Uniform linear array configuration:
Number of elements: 8
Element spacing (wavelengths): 0.25
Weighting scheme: hamming
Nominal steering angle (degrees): -60
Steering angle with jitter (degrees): -58.832
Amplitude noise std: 0.05
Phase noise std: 0.05

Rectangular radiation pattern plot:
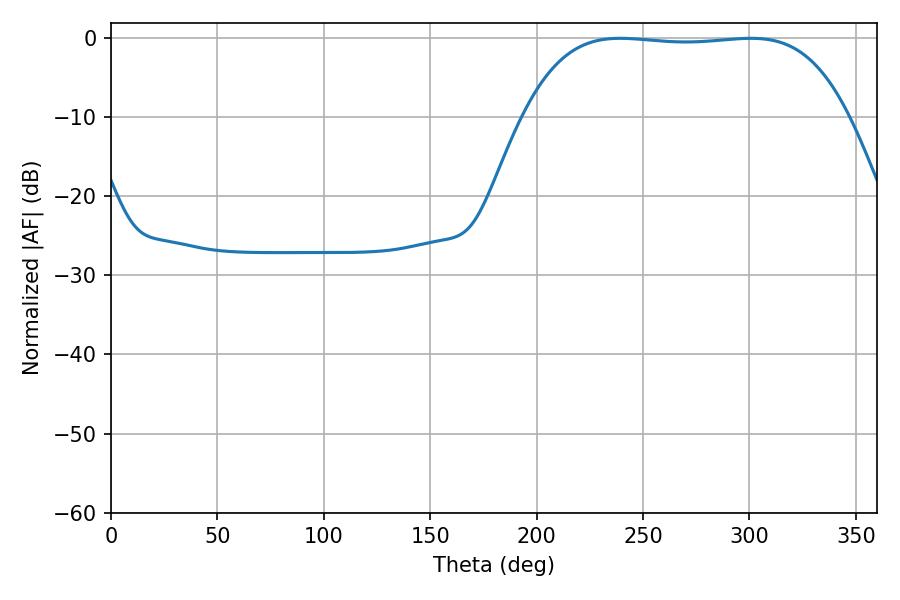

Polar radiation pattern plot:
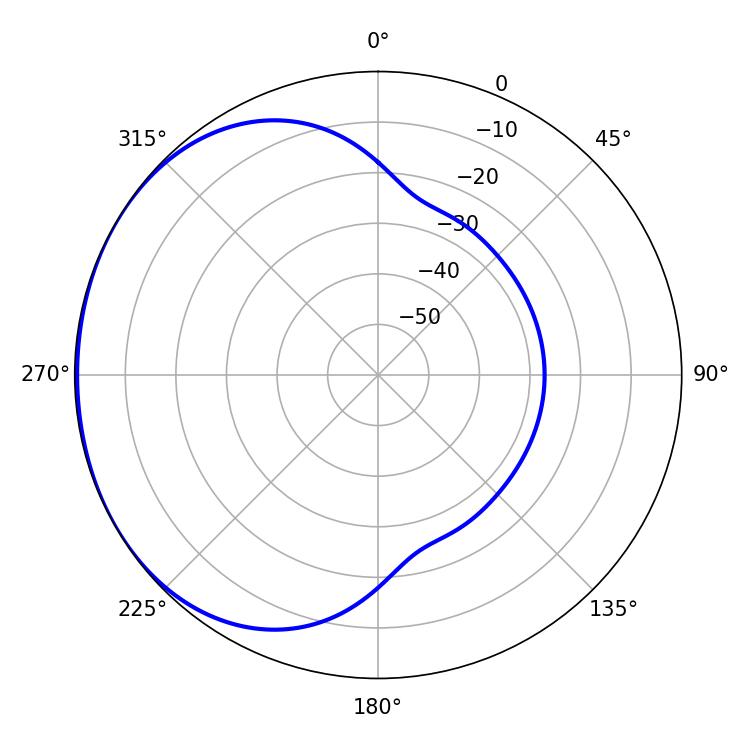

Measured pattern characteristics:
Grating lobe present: FALSE
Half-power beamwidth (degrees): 119.16
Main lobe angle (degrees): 239.22